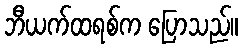
ဘီယက်ထရစ်က ပြောသည်။